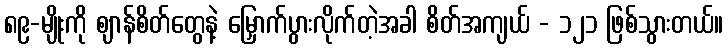
၈၉-မျိုးကို ဈာန်စိတ်တွေနဲ့ မြှောက်ပွားလိုက်တဲ့အခါ စိတ်အကျယ် - ၁၂၁ ဖြစ်သွားတယ်။